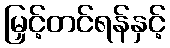
မြှင့်တင်ရန်နှင့်